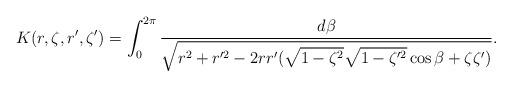
LaTeX: \begin{align*}K(r,\zeta,r',\zeta')=\int_0^{2\pi}\frac{d\beta}{\sqrt{r^2+r'^2-2rr'(\sqrt{1-\zeta^2}\sqrt{1-\zeta'^2}\cos\beta+\zeta\zeta')}}.\end{align*}